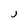
Character: J